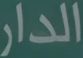
الدار